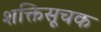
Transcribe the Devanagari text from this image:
शक्तिसूचक